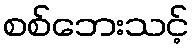
စစ်ဘေးသင့်